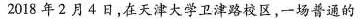
2018年2月4日，在天津大学卫津路校区，一场普通的